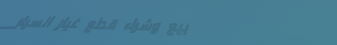
بيع وشراء قطع غيار السيار